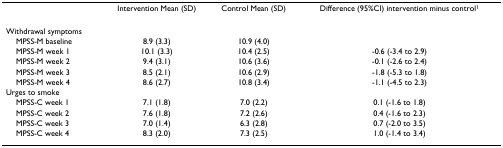
|  | Intervention Mean (SD) | Control Mean (SD) | Difference (95%CI) intervention minus control1 |
 | --- | --- | --- | --- |
 | Withdrawal symptoms |  |  |  |
 | MPSS-M baseline | 8.9 (3.3) | 10.9 (4.0) |  |
 | MPSS-M week 1 | 10.1 (3.3) | 10.4 (2.5) | -0.6 (-3.4 to 2.9) |
 | MPSS-M week 2 | 9.4 (3.1) | 10.6 (3.6) | -0.1 (-2.6 to 2.4) |
 | MPSS-M week 3 | 8.5 (2.1) | 10.6 (2.9) | -1.8 (-5.3 to 1.8) |
 | MPSS-M week 4 | 8.6 (2.7) | 10.8 (3.4) | -1.1 (-4.5 to 2.3) |
 | Urges to smoke |  |  |  |
 | MPSS-C week 1 | 7.1 (1.8) | 7.0 (2.2) | 0.1 (-1.6 to 1.8) |
 | MPSS-C week 2 | 7.6 (1.8) | 7.2 (2.6) | 0.4 (-1.6 to 2.3) |
 | MPSS-C week 3 | 7.0 (1.4) | 6.3 (2.8) | 0.7 (-2.0 to 3.5) |
 | MPSS-C week 4 | 8.3 (2.0) | 7.3 (2.5) | 1.0 (-1.4 to 3.4) |